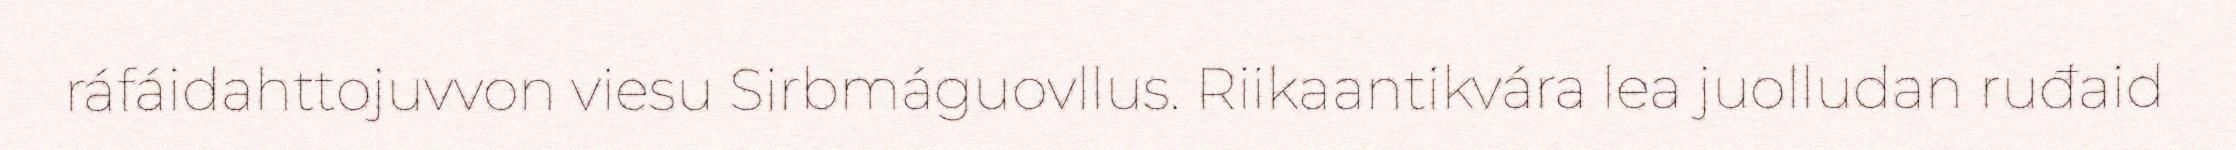
ráfáidahttojuvvon viesu Sirbmáguovllus. Riikaantikvára lea juolludan ruđaid